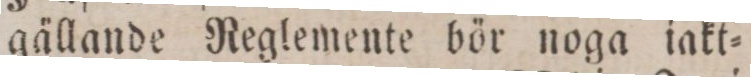
gällande Reglemente bör noga iakt=